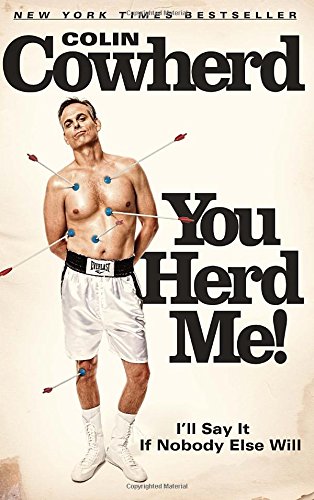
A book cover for You Herd Me!: I'll Say It If Nobody Else Will; Colin Cowherd; Humor & Entertainment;